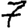
Digit: 7